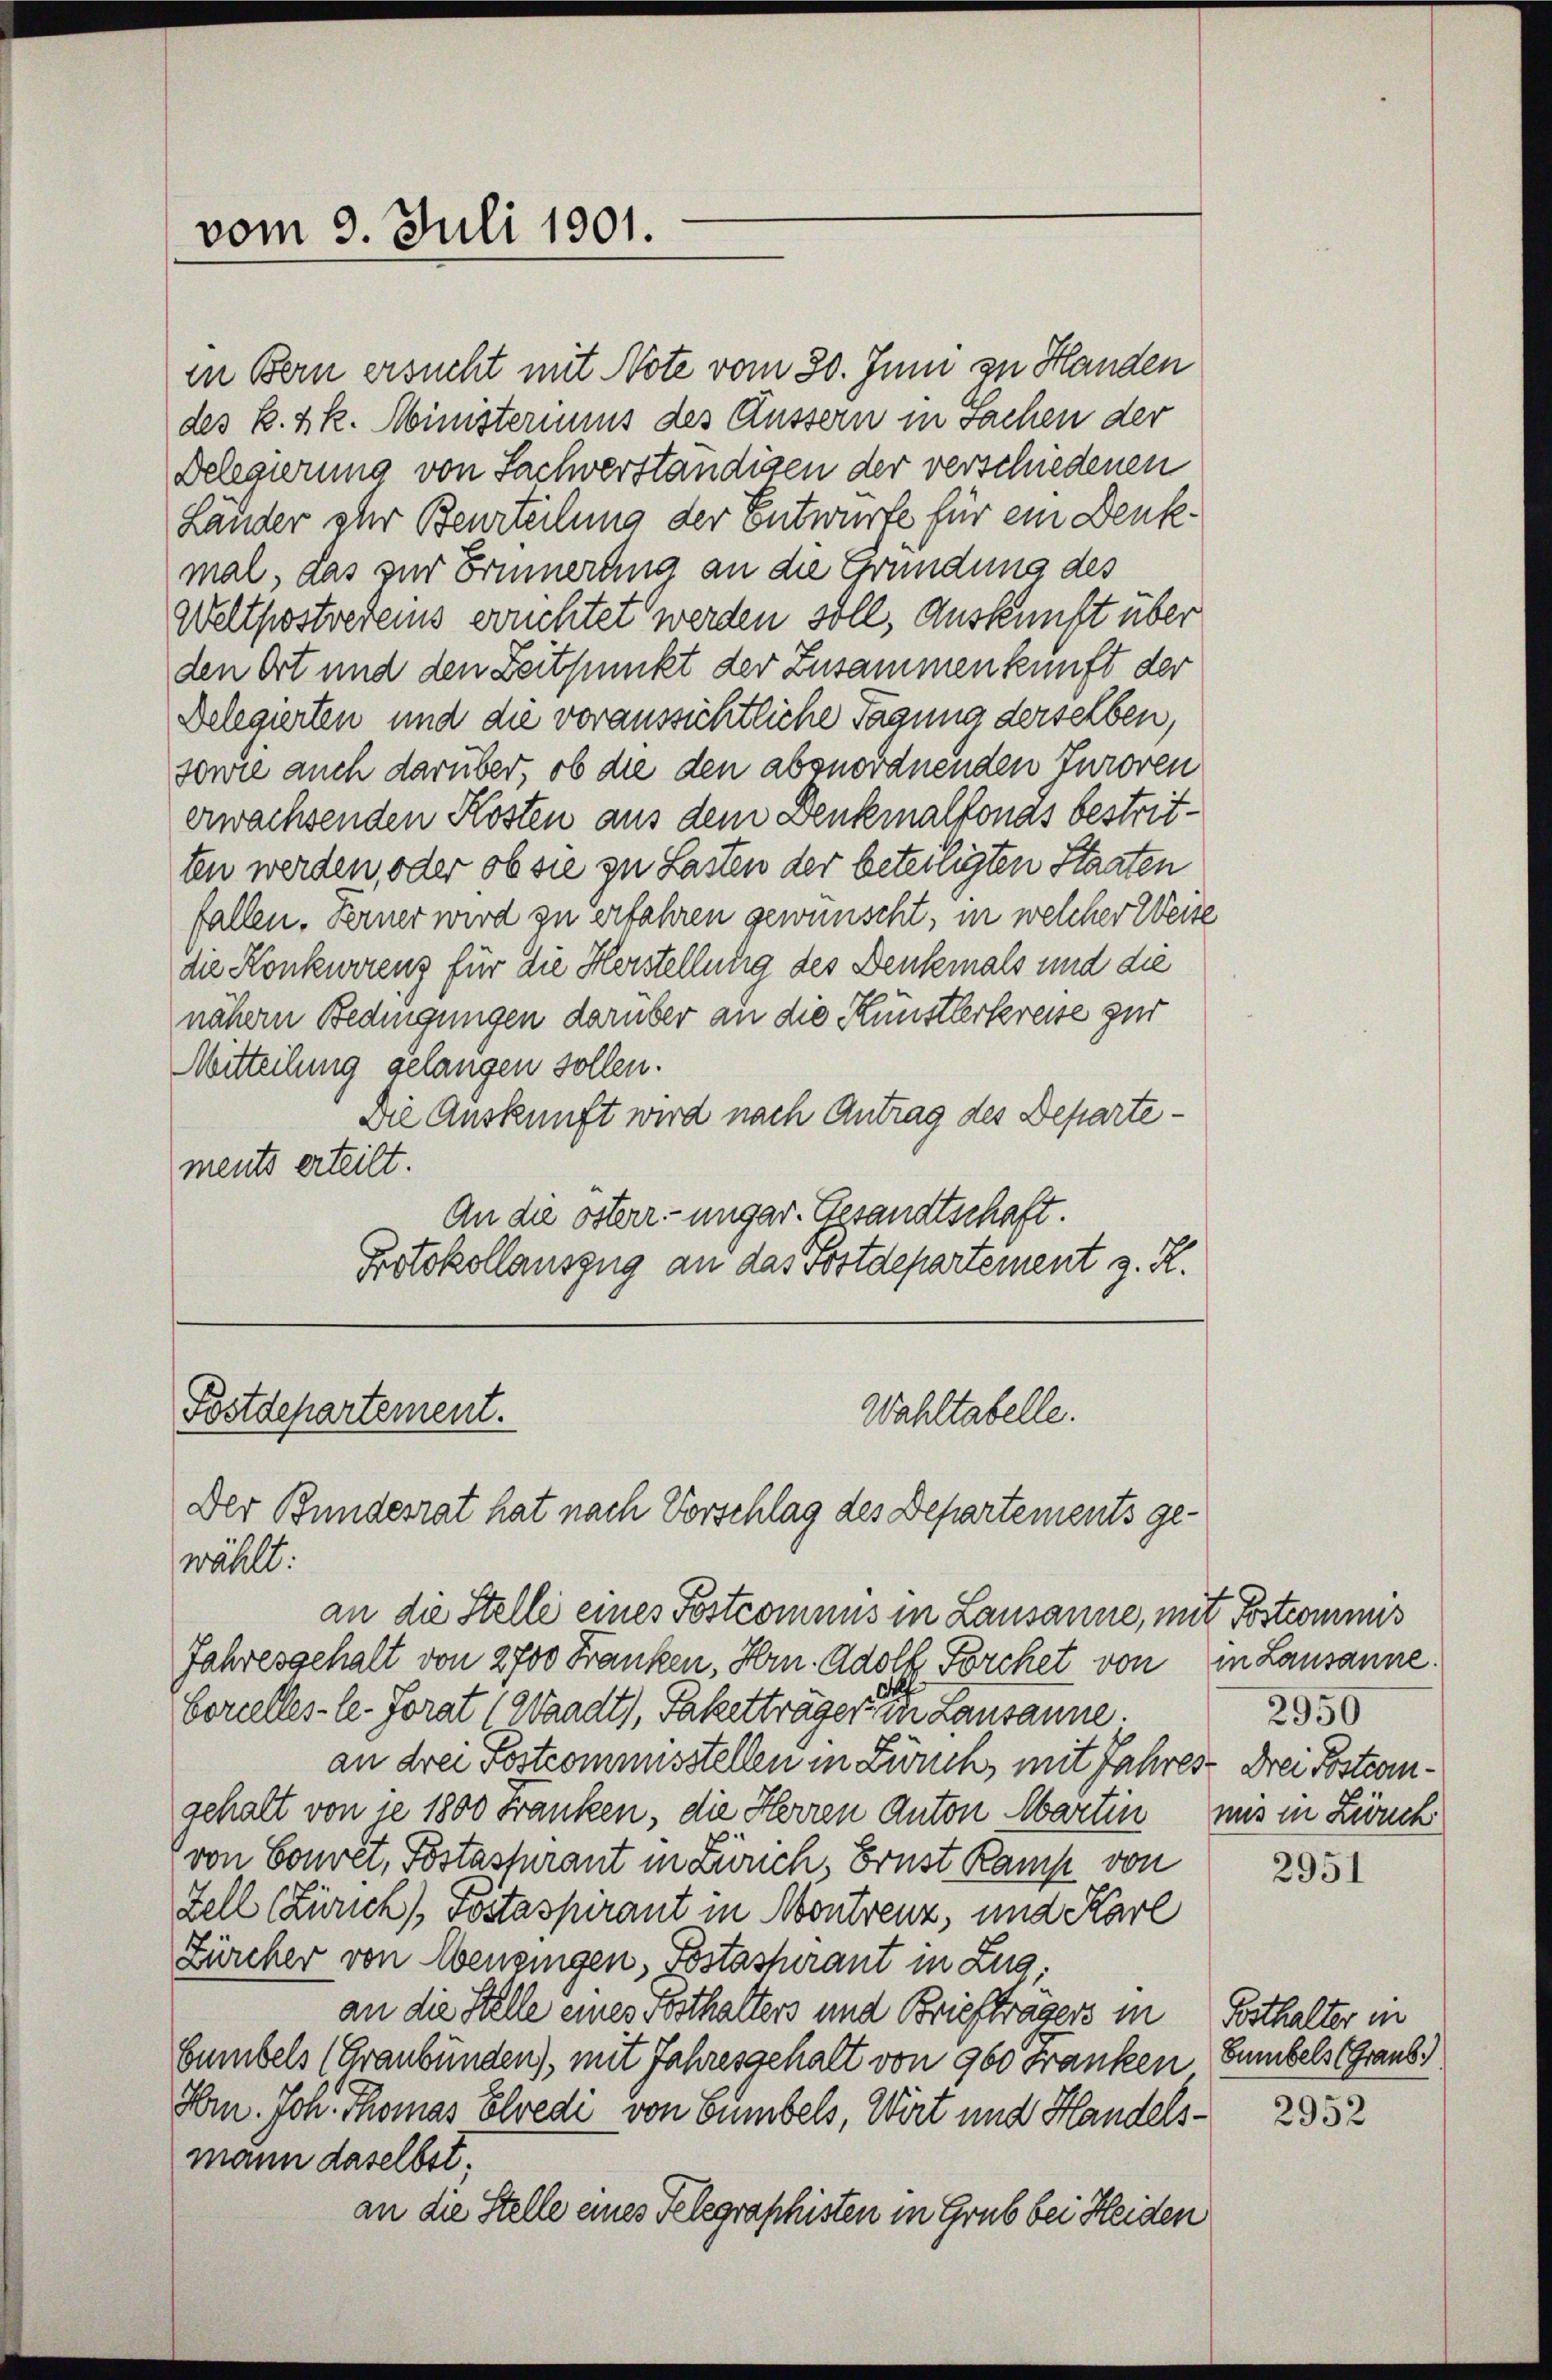
vom 3. Juli 1901.

in Bern ersucht mit Note vom 30. Juni zu Handen
des k. k. k. Ministeriums des Äussern in Sachen der
Delegierung von Sachverständigen der verschiedenen
Länder zur Beurteilung der Entwurfe für ein Denk-
mal, das zur Erinnerung an die Gründung des
Weltpostredens erruchtet werden soll, Auskunft über
den Ort und den Zeitpunkt der Zusammenkunft der
Delegierten und die voraussichtliche Tagung derselben,
sowie auch darüber, ob die den abzuordnenden Juroren
erwachsenden Kosten aus dem Denkmalkonas bestritten werden, oder ob sie zu Lasten der beteiligten Staaten
fallen. Ferner wird zu erfahren gewünscht, in welcher Weite
die Konkurrenz für die Herstellung des Denkmals und die
nähern Bedingungen darüber an die Künstlerkreise zur
Mitteilung gelangen sollen.
Die Auskunft wird nach Antrag des Departements erteilt.
An die österr.-ungar. Gesandtschaft.
Protokollauszug an das Postdepartement z. R.

Postdepartement.
Wahltabelle.
Der Bundesrat hat nach Vorschlag des Departements ge¬

wählt:
an die Stelle eines Postcomnus in Lausanne, mit Postcommis
Jahresgehalt von 2700 Franken, Hrn. Adolf Forchet von in Lausanne.
Coreelles-le-Forat (Waadt, Paketträger einer Lausanne.
an drei Postcommisstellen in Zürich mit Jahres Drei Postengehalt von je 1800 Franken, die Herren Anton Martin mis in Zuck
von Sonnet, Postasturant in Zürich, Brust Kamp von
Zell Zürich Postaspirant in Montreuz, und Karl
Zürcher von Menzingen, Bastassurant in Zug:
an die Stelle eines Festhalters und Briefträgers in
bumbels (Graubünden), mit Jahresgehalt von 960 Franken Sumbels (Graub
Hrn. Joh. Thomas Elvedi von Sumbels, Wirt und Handelsmann daselbst.
an die Stelle eines Telegraphisten in Grub bei Heiden

2950

2951

Posthalter in

2952